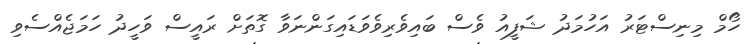
ހޯމް މިނިސްޓަރު އަހުމަދު ޝަފީއު ވެސް ބައިވެރިވެވަޑައިގަންނަވާ ގޮތަށް ރައީސް ވަހީދު ހަމަޖެއްސެވި